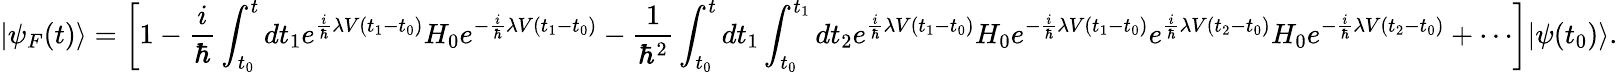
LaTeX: |\psi_{F}(t)\rangle=\left[1-{\frac{i}{\hbar}}\int_{t_{0}}^{t}dt_{1}e^{{\frac{i}{\hbar}}\lambda V(t_{1}-t_{0})}H_{0}e^{-{\frac{i}{\hbar}}\lambda V(t_{1}-t_{0})}-{\frac{1}{\hbar^{2}}}\int_{t_{0}}^{t}dt_{1}\int_{t_{0}}^{t_{1}}dt_{2}e^{{\frac{i}{\hbar}}\lambda V(t_{1}-t_{0})}H_{0}e^{-{\frac{i}{\hbar}}\lambda V(t_{1}-t_{0})}e^{{\frac{i}{\hbar}}\lambda V(t_{2}-t_{0})}H_{0}e^{-{\frac{i}{\hbar}}\lambda V(t_{2}-t_{0})}+\cdots\right]|\psi(t_{0})\rangle.